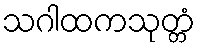
သဂါထကသုတ္တံ